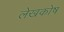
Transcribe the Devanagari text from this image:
लेखकोष